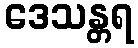
ဒေသန္တရ